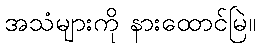
အသံများကို နားထောင်မြဲ။